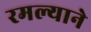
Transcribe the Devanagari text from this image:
रमल्याने